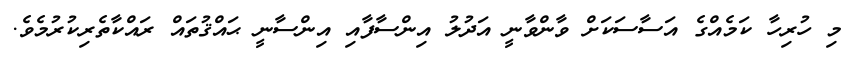
މި ހުރިހާ ކަމެއްގެ އަސާސަކަށް ވާންވާނީ އަދުލު އިންސާފާއި އިންސާނީ ޙައްޤުތައް ރައްކާތެރިކުރުމެވެ.